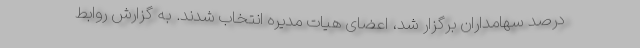
درصد سهامداران برگزار شد، اعضای هیات مدیره انتخاب شدند. به گزارش روابط